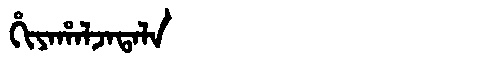
Manchu: ᡥᡳᠶᠠᡥᠠᠯᠵᠠᡨᠠᠯᠠ
Romanization: HIYAHALJATALA